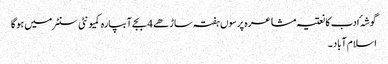
گوشہٴ ادب کا نعتیہ مشاعرہ پرسوں ہفتہ ساڑھے 4 بجے آبپارہ کمیونٹی سنٹر میں ہو گا
اسلام آباد ۔